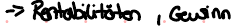
-> Rentabilitäten , Gewinn